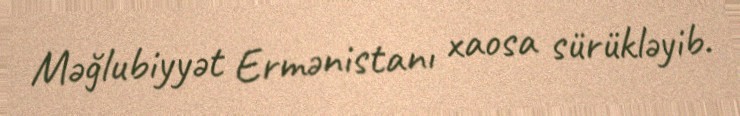
Məğlubiyyət Ermənistanı xaosa sürükləyib.